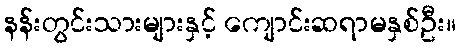
နန်းတွင်းသားများနှင့် ကျောင်းဆရာမနှစ်ဦး။